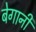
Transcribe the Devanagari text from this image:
बेगानी